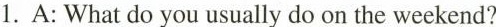
1.A: What do you usually do on the weekend?